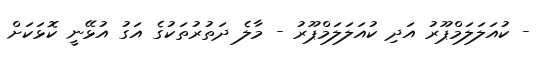
- ކުއަލަލަމްޕޫރު އަދި ކުއަލަލަމްޕޫރު - މާލެ ދަތުރުތަކުގެ އަގު އުޅޭނީ ކޮޅަކަށް